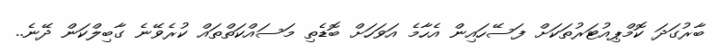
ބާރުގަދަ ކޮމްޕިއުޓަރުތަކަށް ފަސޭހައިން އެހާމެ އަވަހަށް ބޮޑެތި މަސައްކަތްތައް ކުރެވޭނެ ގާބިލްކަން ދޭނެ..